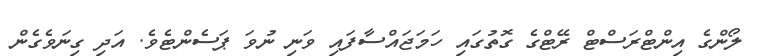
ލޯންގެ އިންޓްރަސްޓް ރޭޓްގެ ގޮތުގައި ހަމަޖައްސާފައި ވަނި ނުވަ ޕަސެންޓެވެ. އަދި ގިނަވެގެން